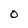
Character: O